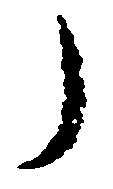
う